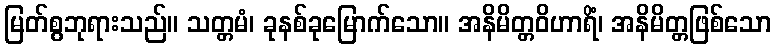
မြတ်စွဘုရားသည်။ သတ္တမံ၊ ခုနစ်ခုမြောက်သော။ အနိမိတ္တဝိဟာရိံ၊ အနိမိတ္တဖြစ်သော